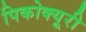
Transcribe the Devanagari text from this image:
पिकोक्यूरी